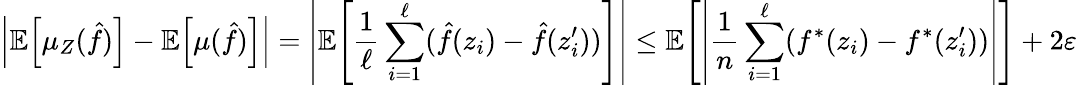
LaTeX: \left\lvert\mathbb{E}\! \left[\mu_{Z}(\hat{f})\right]-\mathbb{E}\! \left[\mu(\hat{f})\right]\right\rvert=\left\lvert\mathbb{E}\! \left[\frac 1\ell\sum_{i=1}^{\ell}(\hat{f}(z_{i})-\hat{f}(z_{i}^{\prime}))\right]\right\rvert\le\mathbb{E}\! \left[\left\lvert\frac 1n\sum_{i=1}^{\ell}(f^{*}(z_{i})-f^{*}(z_{i}^{\prime}))\right\rvert\right]+2\varepsilon